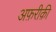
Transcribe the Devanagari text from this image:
अफ़रीक़ी